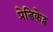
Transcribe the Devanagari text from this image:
प्रेडिकेट्स